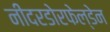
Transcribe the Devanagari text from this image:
नीदरडोरफेल्डेन